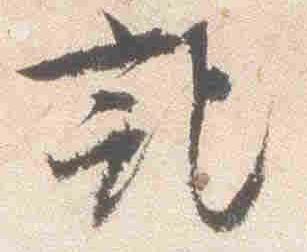
記